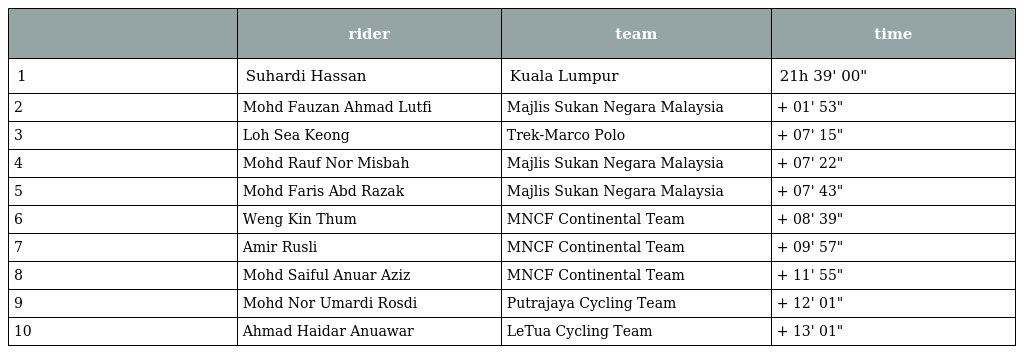
|  | rider | team | time |
 | --- | --- | --- | --- |
 | 1 | Suhardi Hassan | Kuala Lumpur | 21h 39' 00" |
 | 2 | Mohd Fauzan Ahmad Lutfi | Majlis Sukan Negara Malaysia | + 01' 53" |
 | 3 | Loh Sea Keong | Trek-Marco Polo | + 07' 15" |
 | 4 | Mohd Rauf Nor Misbah | Majlis Sukan Negara Malaysia | + 07' 22" |
 | 5 | Mohd Faris Abd Razak | Majlis Sukan Negara Malaysia | + 07' 43" |
 | 6 | Weng Kin Thum | MNCF Continental Team | + 08' 39" |
 | 7 | Amir Rusli | MNCF Continental Team | + 09' 57" |
 | 8 | Mohd Saiful Anuar Aziz | MNCF Continental Team | + 11' 55" |
 | 9 | Mohd Nor Umardi Rosdi | Putrajaya Cycling Team | + 12' 01" |
 | 10 | Ahmad Haidar Anuawar | LeTua Cycling Team | + 13' 01" |